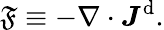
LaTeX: \mathfrak{F}\equiv-\nabla\cdot\boldsymbol{J}^{\mathrm{{d}}}.